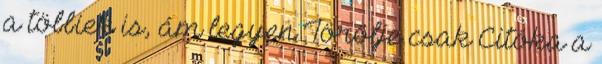
a többiek is, ám legyen Törölje csak Citóka a